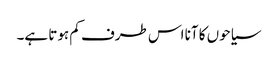
سیاحوں کا آنا اس طرف کم ہوتا ہے۔